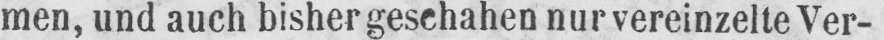
men, und auch bisher geschahen nur vereinzelte Ver-